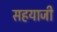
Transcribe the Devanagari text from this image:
सहयाजी